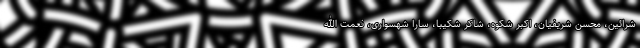
شرائین، محسن شریفیان، اکبر شکوه، شاکر شکیبا، سارا شهسواری، نعمت الله